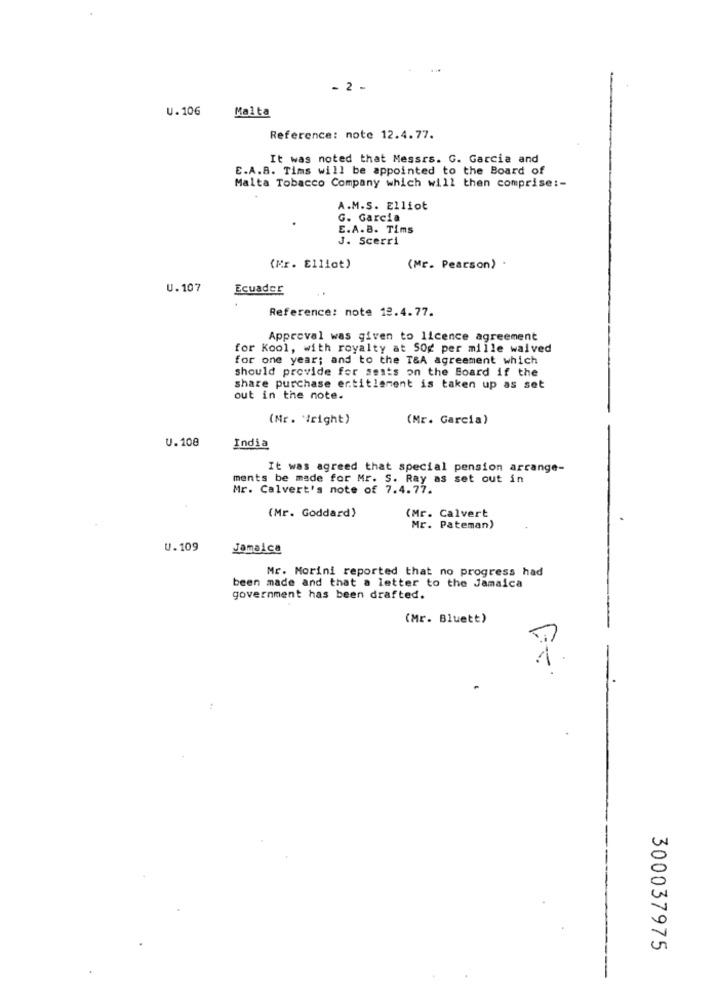
- 2 -
U.106
Malta
Reference: note 12.4.77.
It was noted that Messrs. G. Garcia and
E.A.B. Tims will be appointed to the Board of
Malta Tobacco Company which will then comprise :-
A.M.S. Elliot
G. Garcia
E.A.B. Tims
J. Scerri
(Mr. Elliot)
(Mr. Pearson)
U.107
Ecuador
Reference: note 12.4.77.
Approval was given to licence agreement
for Kool, with royalty at 50g per mille waived
for one year; and to the T&A agreement which
should provide for sonts on the Board if the
share purchase entitlement is taken up as set
out in the note.
(Mr. 'right)
(Mr. Garcia)
U.108
India
It was agreed that special pension arrange-
ments be made for Mr. S. Ray as set out in
Mr. Calvert's note of 7.4.77.
(Mr. Goddard)
(Mr. Calvert
Mr. Pateman)
U.109
Jamaica
Mr. Morini reported that no progress had
been made and that a letter to the Jamaica
government has been drafted.
(Mr. Bluett)
300037975
-